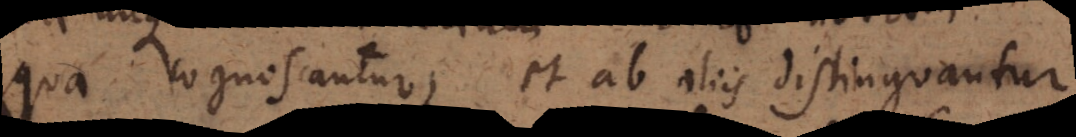
qua cognoscantur, et ab aliis distinguantur